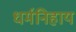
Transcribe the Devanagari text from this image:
धर्मनिहाय